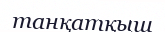
танқатқыш